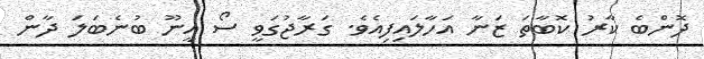
ދޮންބެ ކާރު ކޮބާތަ ޒަނާ އަހާލައިފިއެވެ. ގަރާޖުގަވީ ސޯ އީނޫ ބުނެބަލަ ދާން